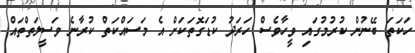
ހަކަތަ ބޭނުން ކުރުމުގައި ވީހާވެސް ހަރަދު ކުޑަގޮތަކަށް އެ މަސައްކަތް ކުރާނެ ވަސީލަތްތައް